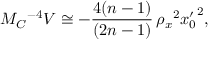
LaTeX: M _ { C } { } ^ { - 4 } V \cong - \frac { 4 ( n - 1 ) } { ( 2 n - 1 ) } \, \rho _ { x } { } ^ { 2 } { x _ { 0 } ^ { \prime } } ^ { 2 } ,